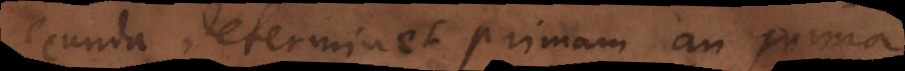
secunda determinet primam, an prima